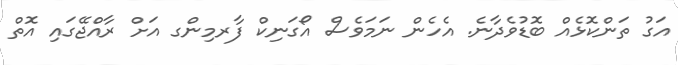
އަގު ތަންކޮޅެއް ބޮޑުވެދާނެ. އެހެން ނަމަވެސް އޯގަނިކް ފާރމިންގ އަށް ރާއްޖޭގައި އޮތް